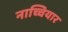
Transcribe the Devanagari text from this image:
नाच्चियार